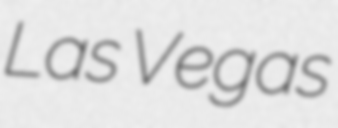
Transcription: Las Vegas